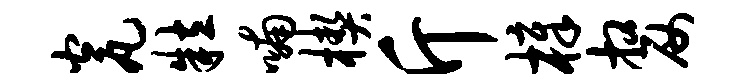
瓮粒喃楔斤樟嫠